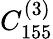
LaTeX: C_{155}^{(3)}